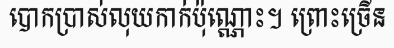
បោកប្រាស់លុយកាក់ប៉ុណ្ណោះ។ ព្រោះច្រើន